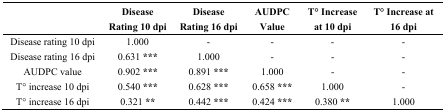
<table><thead><tr><td></td><td><b>Disease Rating 10 dpi</b></td><td><b>Disease Rating 16 dpi</b></td><td><b>AUDPC Value</b></td><td><b>T° Increase at 10 dpi</b></td><td><b>T° Increase at 16 dpi</b></td></tr></thead><tbody><tr><td>Disease rating 10 dpi</td><td>1.000</td><td>-</td><td>-</td><td>-</td><td>-</td></tr><tr><td>Disease rating 16 dpi</td><td>0.631 ***</td><td>1.000</td><td>-</td><td>-</td><td>-</td></tr><tr><td>AUDPC value</td><td>0.902 ***</td><td>0.891 ***</td><td>1.000</td><td>-</td><td>-</td></tr><tr><td>T° increase 10 dpi</td><td>0.540 ***</td><td>0.628 ***</td><td>0.658 ***</td><td>1.000</td><td>-</td></tr><tr><td>T° increase 16 dpi</td><td>0.321 **</td><td>0.442 ***</td><td>0.424 ***</td><td>0.380 **</td><td>1.000</td></tr></tbody></table>